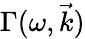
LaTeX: \Gamma(\omega,\vec{k})